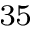
^ { 3 5 }